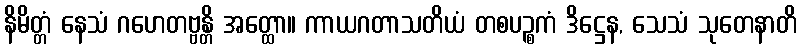
နိမိတ္တံ နေသံ ဂဟေတဗ္ဗန္တိ အတ္ထော။ ကာယဂတာသတိယံ တစပဉ္စကံ ဒိဋ္ဌေန, သေသံ သုတေနာတိ